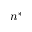
n ^ { \ast }